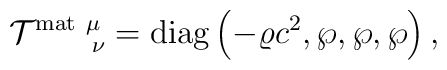
{\cal T}^{\rm mat\ \mu}_{\ \ \ \ \ \ \nu}={\rm diag}\left(-\varrho c^2,\wp,\wp,\wp\right),